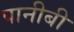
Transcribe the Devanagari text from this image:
पानीबी